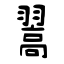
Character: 翯